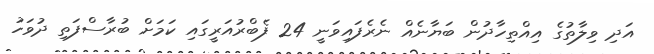
އަދި ވިލާތުގެ އިއްތިހާދުން ބަޔާނެއް ނެރެފައިވަނީ 24 ފެބްރުއަރީގައި ކަމަށް ބުރާސްފަތި ދުވަހު